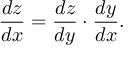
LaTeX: { \frac { d z } { d x } } = { \frac { d z } { d y } } \cdot { \frac { d y } { d x } } .